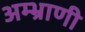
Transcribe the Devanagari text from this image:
अम्भ्राणी